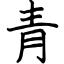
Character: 青